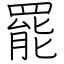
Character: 罷